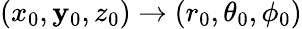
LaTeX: (x_{0},\mathbf{y}_{0},z_{0})\rightarrow(r_{0},\theta_{0},\phi_{0})